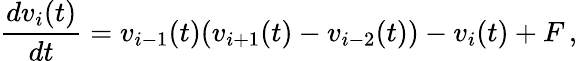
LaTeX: \frac{dv_{i}(t)}{dt}=v_{i-1}(t)(v_{i+1}(t)-v_{i-2}(t))-v_{i}(t)+F\, ,